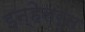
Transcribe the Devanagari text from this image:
इन्हेलर्स